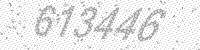
Solution: 613446